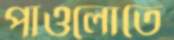
পাওলোতে